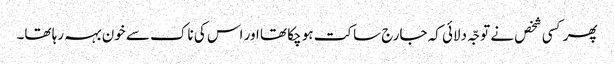
پھر کسی شخص نے توجّہ دلائی کہ جارج ساکت ہو چکا تھا اور اس کی ناک سے خون بہہ رہا تھا۔